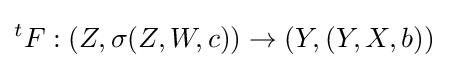
{}^{t}F:(Z,\sigma (Z,W,c))\to (Y,(Y,X,b))